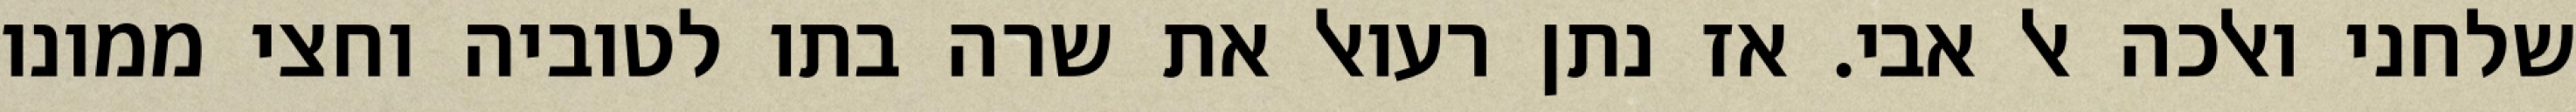
שלחני ואלכה אל אבי. אז נתן רעואל את שרה בתו לטוביה וחצי ממונו